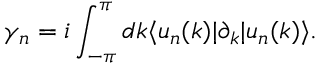
\gamma _ { n } = i \int _ { - \pi } ^ { \pi } d k \langle { u _ { n } ( k ) } | { \partial _ { k } } | u _ { n } ( k ) \rangle .